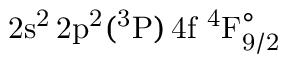
\mathrm { 2 s ^ { 2 } \, 2 p ^ { 2 } ( ^ { 3 } P ) \, 4 f ~ ^ { 4 } F _ { 9 / 2 } ^ { \circ } }